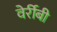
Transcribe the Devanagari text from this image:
वेर्रीबी